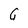
Character: G